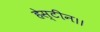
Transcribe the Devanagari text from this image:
हेस्टीन।।